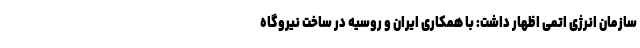
سازمان انرژی اتمی اظهار داشت: با همکاری ایران و روسیه در ساخت نیروگاه